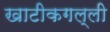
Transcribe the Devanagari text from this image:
खाटीकगल्ली